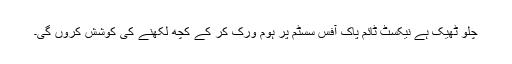
چلو ٹھیک ہے نیکسٹ ٹائم پاک آفس سسٹم پر ہوم ورک کر کے کچھ لکھنے کی کوشش کروں گی۔